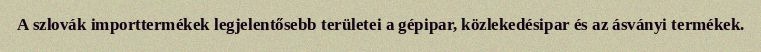
A szlovák importtermékek legjelentősebb területei a gépipar, közlekedésipar és az ásványi termékek.